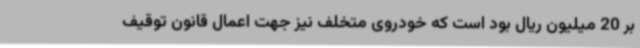
بر 20 میلیون ریال بود است که خودروی متخلف نیز جهت اعمال قانون توقیف